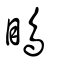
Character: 瞗